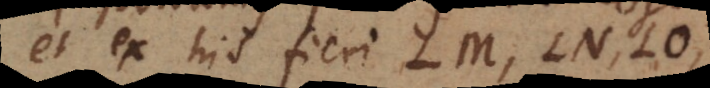
et ex his fieri LM, LN, LO,